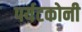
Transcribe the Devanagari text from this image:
पर्यटकोनी